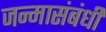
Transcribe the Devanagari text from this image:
जन्मासंबंधी